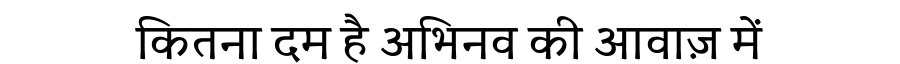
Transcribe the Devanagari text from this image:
कितना दम है अभिनव की आवाज़ में